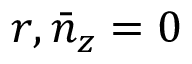
r , \bar { n } _ { z } = 0